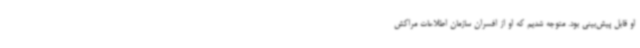
او قابل پیش‌بینی بود. متوجه شدیم که او از افسران سازمان اطلاعات مراکش